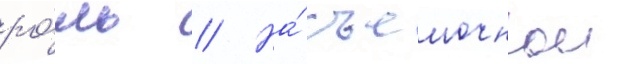
ро́ль // На́ съемочнои